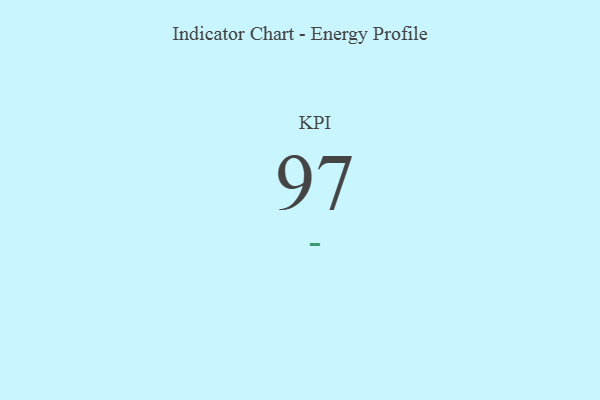
{"axis": {"x": "KPI", "y": "Value"}, "legend": [""], "data": [{"x": "KPI", "y": 97, "type": ""}]}